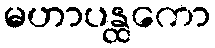
မဟာပန္ထကော